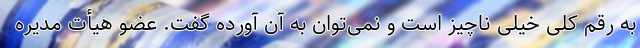
به رقم کلی خیلی ناچیز است و نمی‌توان به آن آورده گفت. عضو هیأت مدیره